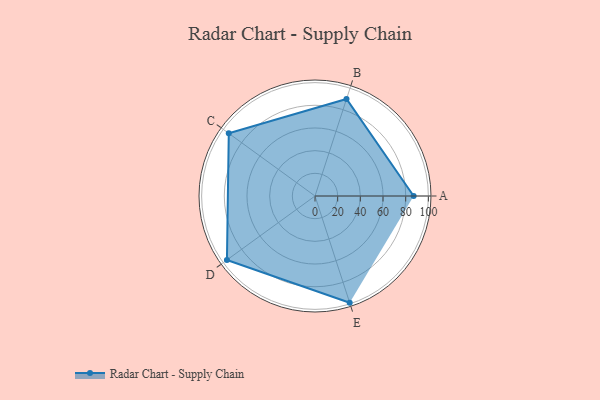
{"axis": {"x": "Skill", "y": "Score"}, "legend": ["Profile"], "data": [{"x": "A", "y": 87.0, "type": "Profile"}, {"x": "B", "y": 90.0, "type": "Profile"}, {"x": "C", "y": 94.0, "type": "Profile"}, {"x": "D", "y": 96.0, "type": "Profile"}, {"x": "E", "y": 99, "type": "Profile"}]}